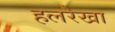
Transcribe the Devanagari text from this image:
हलरेखा